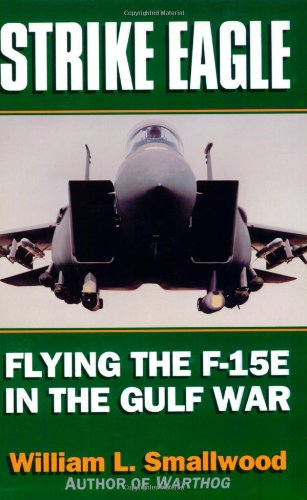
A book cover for Strike Eagle: Flying the F-15E in the Gulf War; William L. Smallwood; History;